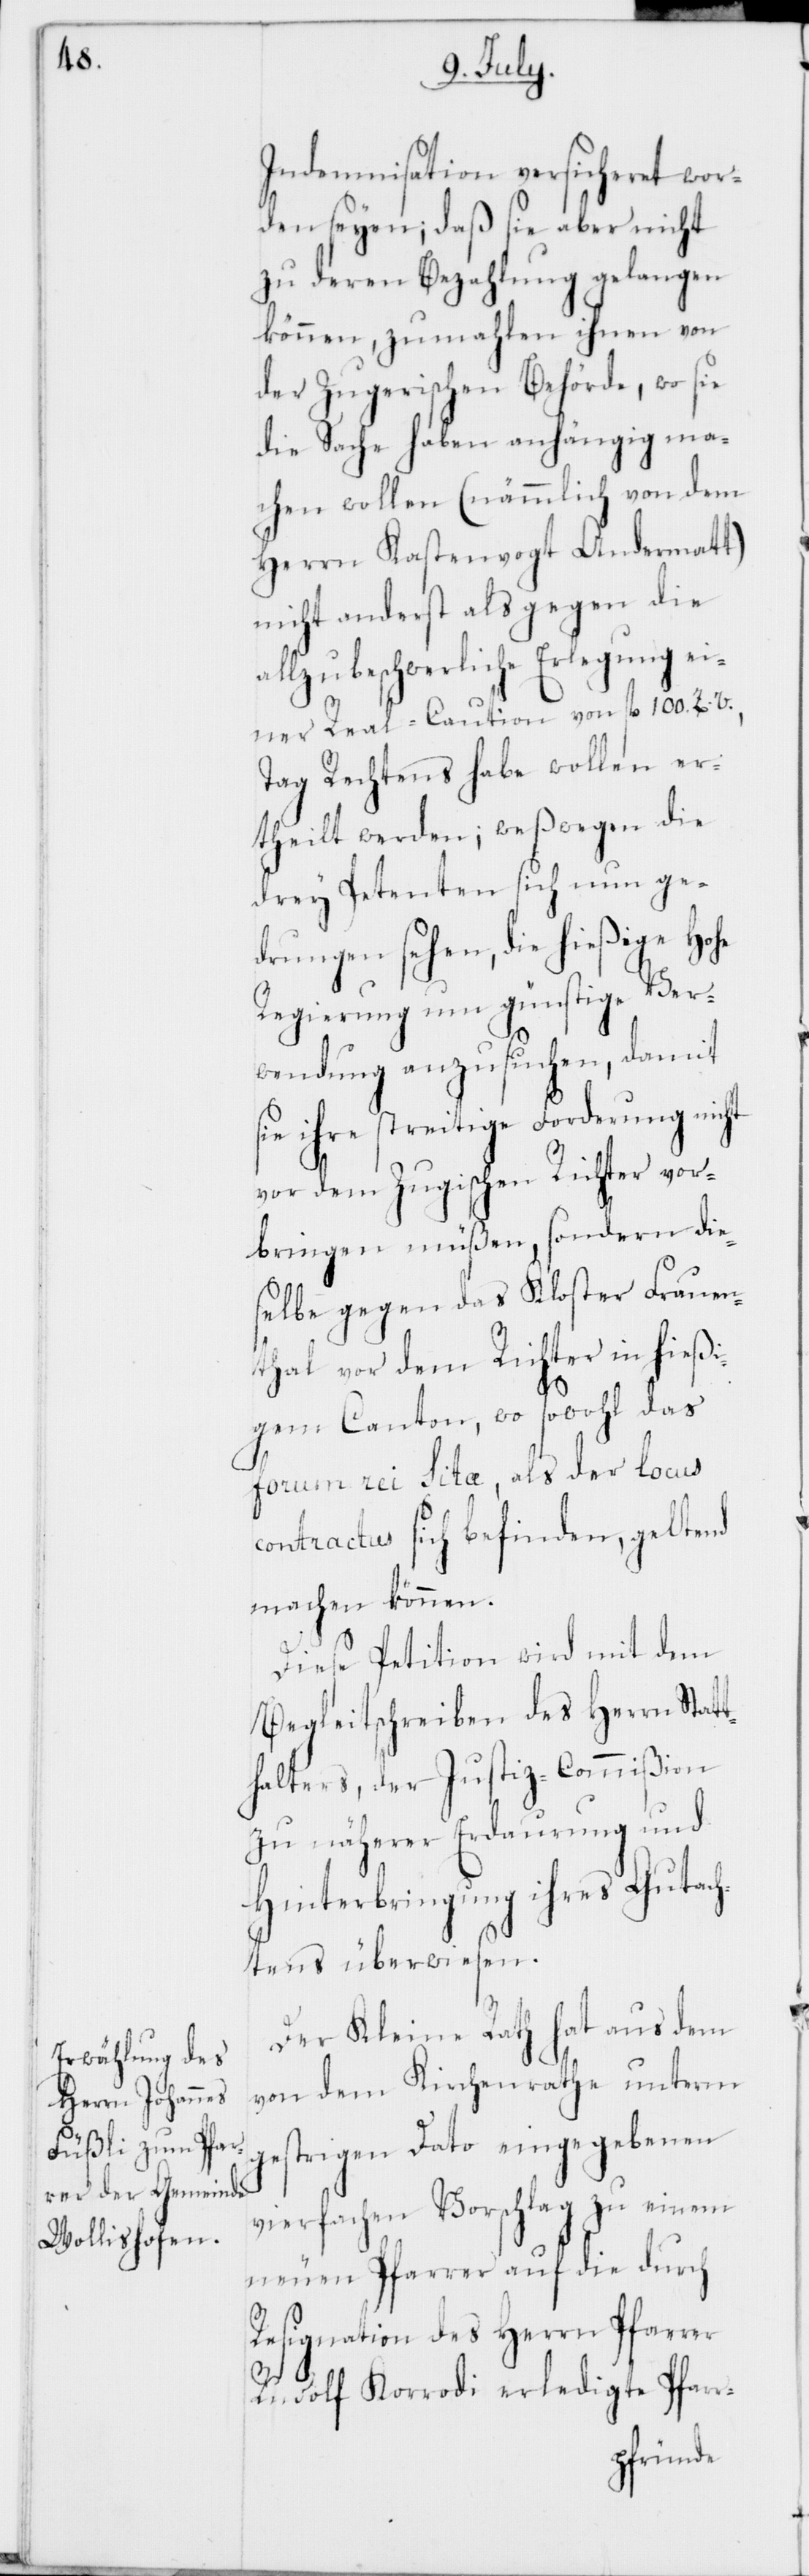
Indemnisation versicheret wor¬
den seyen; daß sie aber nicht
zu deren Bezahlung gelangen
können, zumahlen ihnen von
der Zugerischen Behörde, wo sie
die Sache haben anhängig ma¬
chen wollen (nämmlich von dem
Herrn Kastenvogt Andermatt)
nicht anderst als gegen die
allzu beschwerliche Erlegung ei¬
ner Real-Caution von fl. 100. Z. V.,
Tag Rechtens habe wollen ver¬
theilt werden; weßwegen die
drey Petenten sich nun ge¬
drungen sehen, die hießige Hohe
Regierung um günstige Ver¬
wendung anzusuchen, damit
ie ihre streitige Forderung nicht
vor dem Zugischen Richter vor¬
bringen müßen, sondern die¬
selbe gegen das Kloster Frauen¬
thal vor dem Richter in hießi¬
gem Canton, wo sowohl das
s¬
forum rei Sitæ, als der locus
contractus sich befinden, geltend
machen können.
Diese Petition wird mit dem
Begleitschreiben des Herrn Stat¬
thalters, der Justiz-Commißion
zu näherer Erdaurung und
Hinterbringung ihres Gutach¬
tens überwiesen.
Der Kleine Rath hat aus dem
von dem Kirchenrathe unterm
gestrigen Dato eingegebenen
vierfachen Vorschlag zu einem
neuen Pfarrer auf die durch
Resignation des Herrn Pfarrer
Rudolf Korrodi erledigte Pfarr-